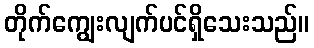
တိုက်ကျွေးလျက်ပင်ရှိသေးသည်။